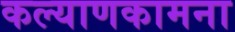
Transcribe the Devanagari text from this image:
कल्याणकामना